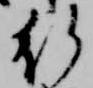
行